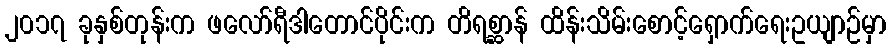
၂၀၁၇ ခုနှစ်တုန်းက ဖလော်ရီဒါတောင်ပိုင်းက တိရစ္ဆာန် ထိန်းသိမ်းစောင့်ရှောက်ရေးဥယျာဉ်မှာ